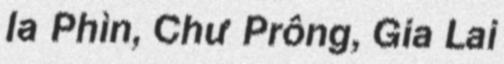
Ia Phìn, Chư Prông, Gia Lai